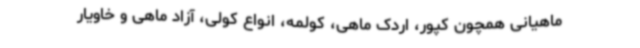
ماهیانی همچون کپور، اردک ماهی، کولمه، انواع کولی، آزاد ماهی و خاویار